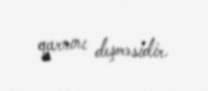
qarnını deşməsidir.